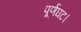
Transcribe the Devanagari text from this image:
पूर्णघट।